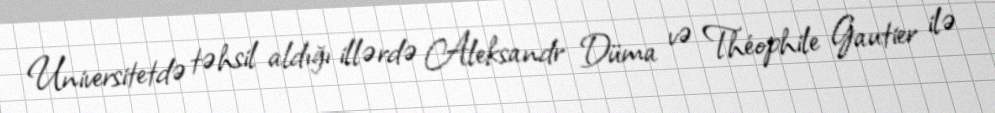
Universitetdə təhsil aldığı illərdə Aleksandr Düma və Théophile Gautier ilə